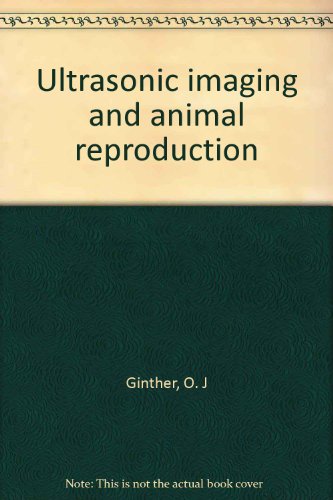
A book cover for Ultrasonic imaging and animal reproduction; O. J Ginther; Medical Books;